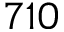
7 1 0